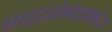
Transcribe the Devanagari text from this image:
शाइज़ोमाइकोटा